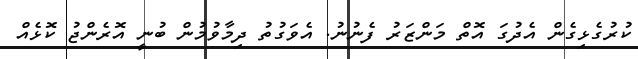
ކުރުގެޅިގެން އެދުގަ އޮތް މަންޒަރު ފެނުނު. އެވަގުތު ދިމާވުމުން ބުނީ އޮރެންޖު ކޮޅެއް